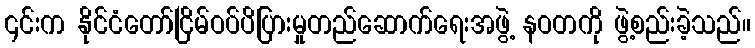
၎င်းက နိုင်ငံတော်ငြိမ်ဝပ်ပိပြားမှုတည်ဆောက်ရေးအဖွဲ့ နဝတကို ဖွဲ့စည်းခဲ့သည်။